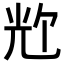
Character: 𪞀